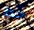
جدا